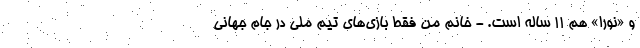
و «نورا» هم ۱۱ ساله است. - خانم من فقط بازی‌های تیم ملی در جام جهانی